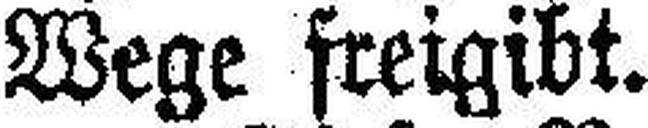
Wege freigibt.